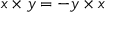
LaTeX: x \times y = - y \times x